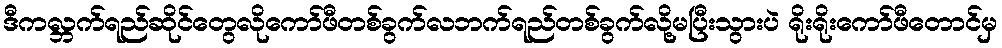
ဒီကလ္ဘက်ရည်ဆိုင်တွေလိုကော်ဖီတစ်ခွက်လဘက်ရည်တစ်ခွက်လို့မပြီးသွားပဲ ရိုးရိုးကော်ဖီတောင်မှ